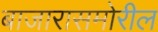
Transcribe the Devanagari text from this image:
बाजारासमोरील